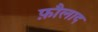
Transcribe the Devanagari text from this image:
फ़ौलाद